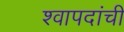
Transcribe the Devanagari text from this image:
श्वापदांची